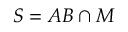
S = A B \cap M